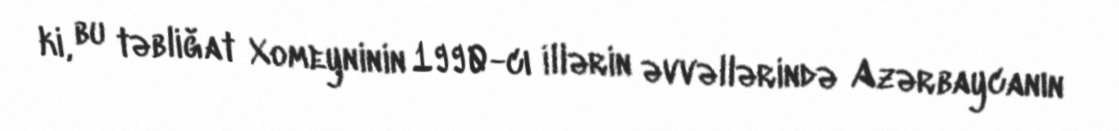
ki, bu təbliğat Xomeyninin 1990-cı illərin əvvəllərində Azərbaycanın